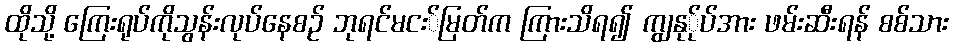
ထိုသို့ ကြေးရုပ်ကိုသွန်းလုပ်နေစဉ် ဘုရင်မငး်မြတ်က ကြားသိရ၍ ကျွနု်ုပ်အား ဖမ်းဆီးရန် စစ်သား